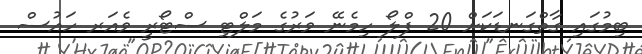
ބިމުގައި ގާތްގަނޑަކަށް 20 ފްލޯ ހިމެނޭ ވަރުގެ މަލްޓި ސްޓޯރީ ވެއަރ ހައުސް